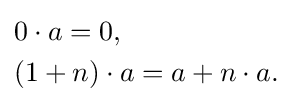
{\begin{aligned}&0\cdot a=0,\\&(1+n)\cdot a=a+n\cdot a.\end{aligned}}